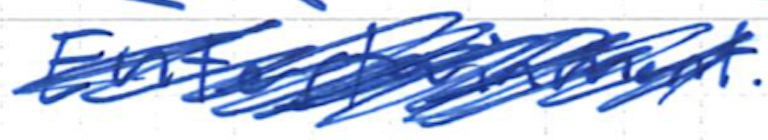
Text: Entertainment.
Cross-out: scratch
Writing tool: ballpoint